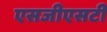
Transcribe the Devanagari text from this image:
एसजीएसटी